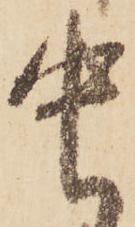
中